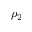
\rho _ { 2 }